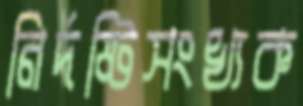
নির্দষ্টিসংখ্যক